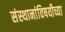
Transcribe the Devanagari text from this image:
संस्थानांविषयीच्या